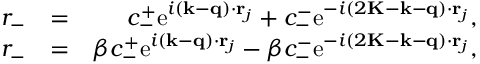
\begin{array} { r l r } { r _ { - } } & { = } & { c _ { - } ^ { + } \mathrm { e } ^ { i ( \mathbf { k } - \mathbf { q } ) \cdot \mathbf { r } _ { j } } + c _ { - } ^ { - } \mathrm { e } ^ { - i ( 2 \mathbf { K } - \mathbf { k } - \mathbf { q } ) \cdot \mathbf { r } _ { j } } , } \\ { r _ { - } } & { = } & { \beta c _ { - } ^ { + } \mathrm { e } ^ { i ( \mathbf { k } - \mathbf { q } ) \cdot \mathbf { r } _ { j } } - \beta c _ { - } ^ { - } \mathrm { e } ^ { - i ( 2 \mathbf { K } - \mathbf { k } - \mathbf { q } ) \cdot \mathbf { r } _ { j } } , } \end{array}